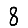
Digit: 8